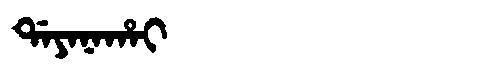
Manchu: ᡩᠠᠶᠠᠨᠠᡥᠠᡳ
Romanization: DAYANAHAI